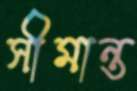
সীমান্ত